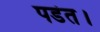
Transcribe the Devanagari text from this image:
पडंत।